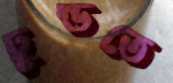
ঢুন্ডতে